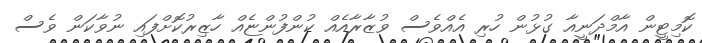
ކޮމިޓީން އާމްދަނީއާ ގުޅުން ހުރި އެއްވެސް ވުޒާރާއެއް ކުންފުންޏެއް ހާޒިރުކޮށްފައި ނުވާކަން ވެސް